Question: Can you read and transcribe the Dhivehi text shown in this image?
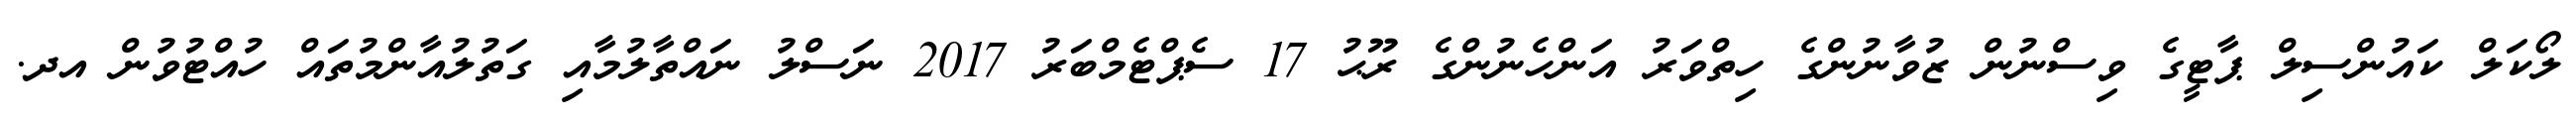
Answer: ލޯކަލް ކައުންސިލް ޕާޓީގެ ވިސްނުން ޒުވާނުންގެ ހިތްވަރު އަންހެނުންގެ ރޫޙު 17 ސެޕްޓެމްބަރު 2017 ނަސްލު ނައްތާލުމާއި ގަތުލުއާންމުތައް ހުއްޓުވުން އދ.